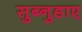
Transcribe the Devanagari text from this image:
सुब्नुडाए